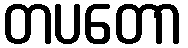
တပတော